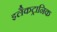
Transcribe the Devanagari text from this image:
इलैकट्रानिक